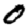
Digit: 0